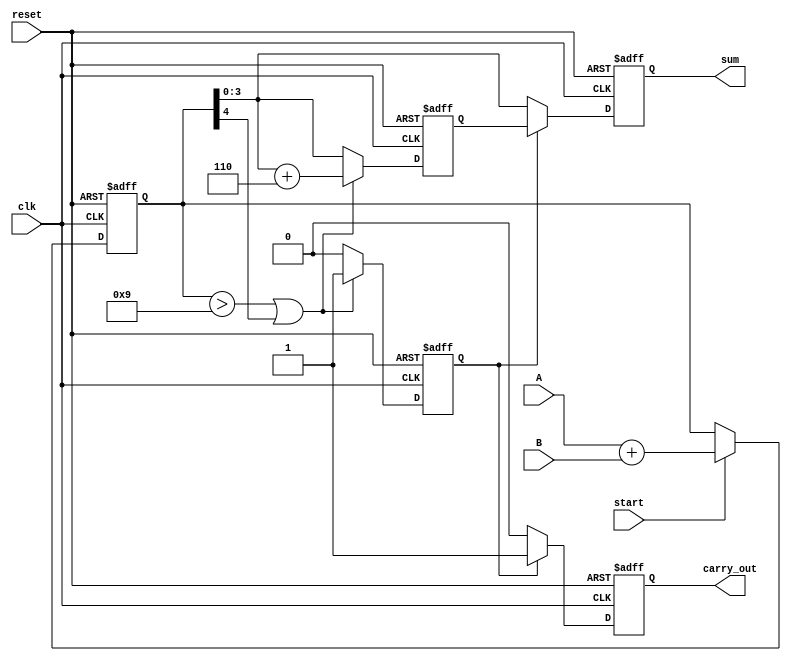
module BCD_Pipelined_Adder (
    input wire clk,
    input wire reset,
    input wire [3:0] A, // BCD digit A
    input wire [3:0] B, // BCD digit B
    input wire start,    // Control signal to start addition
    output reg [3:0] sum, // BCD result
    output reg carry_out  // Carry output
);

    // Internal signals
    reg [4:0] stage1_sum; // Intermediate sum (5 bits to handle carry)
    reg correction_needed; // Flag for BCD correction
    reg [3:0] corrected_sum; // Corrected BCD sum

    // Stage 1: Input capture and initial addition
    always @(posedge clk or posedge reset) begin
        if (reset) begin
            stage1_sum <= 5'b0;
        end else if (start) begin
            stage1_sum <= A + B; // Perform initial addition
        end
    end

    // Stage 2: BCD correction logic
    always @(posedge clk or posedge reset) begin
        if (reset) begin
            correction_needed <= 1'b0;
            corrected_sum <= 4'b0;
        end else begin
            // Check if correction is needed
            if (stage1_sum > 9 || stage1_sum[4] == 1'b1) begin
                correction_needed <= 1'b1;
                corrected_sum <= stage1_sum[3:0] + 4'b0110; // Add 6 for BCD correction
            end else begin
                correction_needed <= 1'b0;
                corrected_sum <= stage1_sum[3:0]; // No correction needed
            end
        end
    end

    // Stage 3: Output generation
    always @(posedge clk or posedge reset) begin
        if (reset) begin
            sum <= 4'b0;
            carry_out <= 1'b0;
        end else begin
            sum <= correction_needed ? corrected_sum : stage1_sum[3:0]; // Output the corrected sum or original
            carry_out <= correction_needed ? 1'b1 : 1'b0; // Set carry out if correction was needed
        end
    end

endmodule